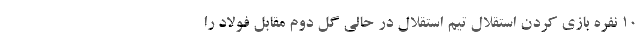
۱۰ نفره بازی کردن استقلال تیم استقلال در حالی گل دوم مقابل فولاد را